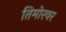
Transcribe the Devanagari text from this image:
तिमोरवर